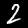
Label: 2